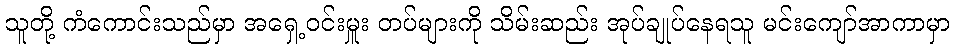
သူတို့ ကံကောင်းသည်မှာ အရှေ့ဝင်းမှူး တပ်များကို သိမ်းဆည်း အုပ်ချုပ်နေရသူ မင်းကျော်အာကာမှာ